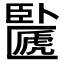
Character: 𠥸